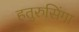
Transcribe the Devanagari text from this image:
हतुरुसिंगा